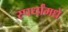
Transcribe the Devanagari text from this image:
स्पर्धांमधे